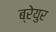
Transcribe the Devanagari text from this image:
ब्रेयुर